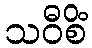
သဝီစိံ